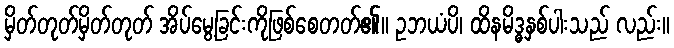
မှိတ်တုတ်မှိတ်တုတ် အိပ်မွေ့ခြင်းကိုဖြစ်စေတတ်၏။ ဥဘယံပိ၊ ထိနမိဒ္ဓနှစ်ပါးသည် လည်း။